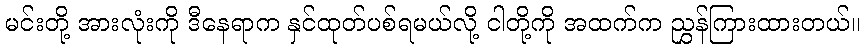
မင်းတို့ အားလုံးကို ဒီနေရာက နှင်ထုတ်ပစ်ရမယ်လို့ ငါတို့ကို အထက်က ညွှန်ကြားထားတယ်။